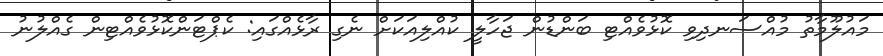
މައުލޫމާތު މުއްސަނދިވި ކޮޅުވެއްޓި ބަންޑުން ޖަހާލީ ކުއްލިއަކަށް ނެގި ރާޅެއްގައި: ކެޕްޓަންކޮޅުވެއްޓިން ގެއްލުނު